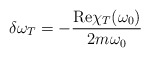
\begin{align*}\delta\omega_T = -\frac{{\rm Re}\chi_T(\omega_0)}{2 m \omega_0}\end{align*}